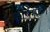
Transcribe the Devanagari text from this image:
शीर्षमणि